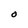
Character: O